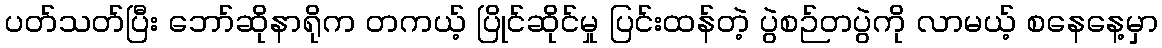
ပတ်သတ်ပြီး ဘော်ဆိုနာရိုက တကယ့် ပြိုင်ဆိုင်မှု ပြင်းထန်တဲ့ ပွဲစဉ်တပွဲကို လာမယ့် စနေနေ့မှာ